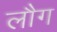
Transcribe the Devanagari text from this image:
लौग